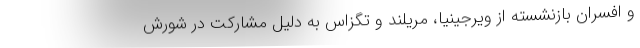
و افسران بازنشسته از ویرجینیا، مریلند و تگزاس به دلیل مشارکت در شورش